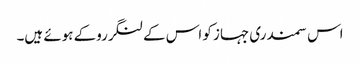
اس سمندری جہاز کو اس کےلنگرروکے ہوئے ہیں۔